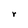
Character: r